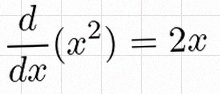
\frac{d}{dx}(x^2)=2x